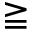
\geqq